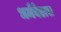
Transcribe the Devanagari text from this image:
धर्मवेडास